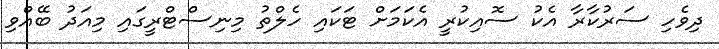
ދިވެހި ސަރުކާރާ އެކު ސޮއިކުރީ އެކަމަށް ޓަކައި ހެލްތު މިނިސްޓްރީގައި މިއަދު ބޭއްވި